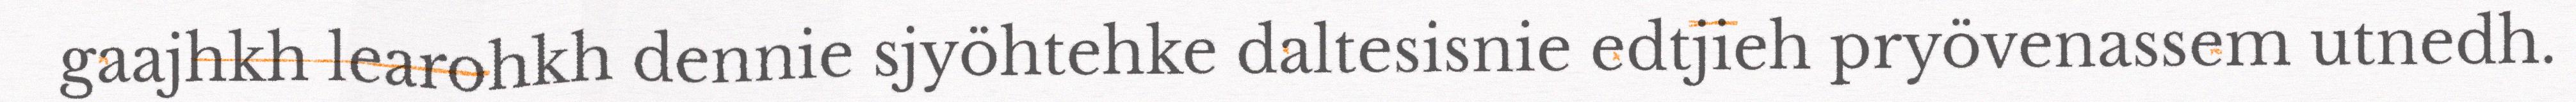
gaajhkh learohkh dennie sjyöhtehke daltesisnie edtjieh pryövenassem utnedh.